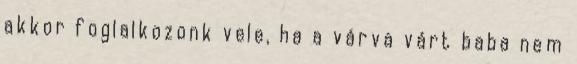
akkor foglalkozonk vele, ha a várva várt baba nem